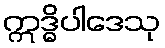
ဣဒ္ဓိပါဒေသု